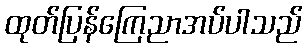
ထုတ်ပြန်ကြေညာအပ်ပါသည်